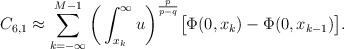
LaTeX: \begin{align*}C_{6,1} &\approx \sum_{k=-\infty}^{M-1} \bigg(\int_{x_k}^{\infty} u \bigg)^{\frac{p}{p-q}} \big[\Phi(0,x_k) - \Phi(0,x_{k-1}) \big].\end{align*}